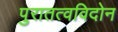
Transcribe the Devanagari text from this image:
पुरातत्वविदोन